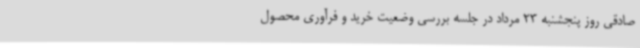
صادقی روز پنجشنبه 23 مرداد در جلسه بررسی وضعیت خرید و فرآوری محصول